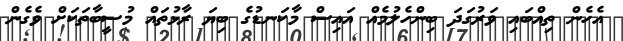
އެހެން ތިއްބައި ވަރުގަދަ ބިންހެލުމެއް އައިސް މާކަނޑުގެ ބިޔަ ރާޅުތައް މުސީބާތަކަށް ވެގެން